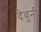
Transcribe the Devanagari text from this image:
देवुनी